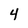
Character: 4